Code of medical and sanitary regulations for the guidance of medical officers serving in the Madras Presidency - Volume I
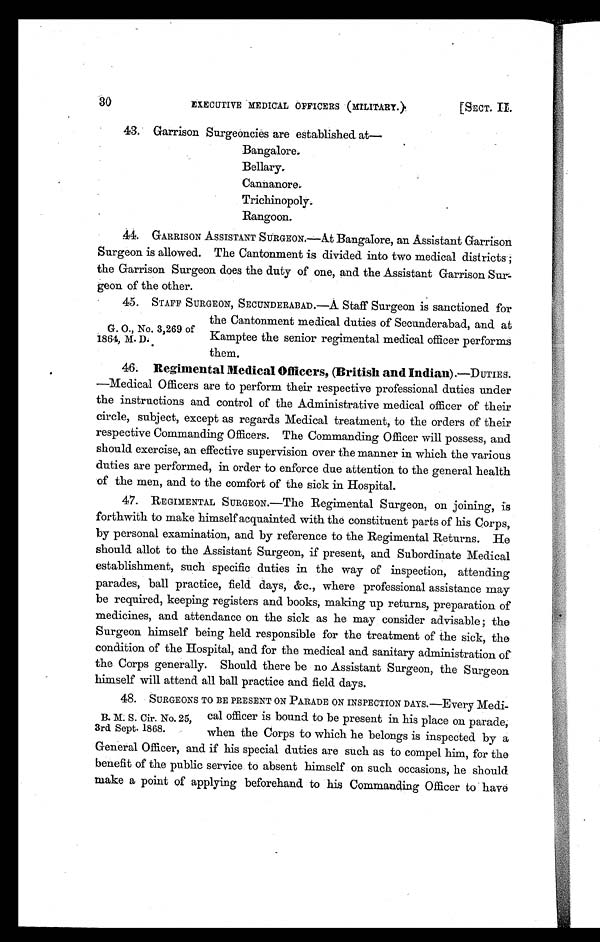
30
EXECUTIVE MEDICAL OFFICERS (MILITARY.)
[SECT. II.
43. Garrison Surgeoncies are established at—
Bangalore.
Bellary
.
Cannanore
.
Trichinopoly.
Rangoon.
44. GARRISON ASSISTANT SURGEON.—At Bangalore, an Assistant Garrison
Surgeon is allowed. The Cantonment is divided into two medical districts
; t h e G a r r i s o n S u r g e o n d o e s t h e d u t y o f o n e , a n d t h e A s s i s t a n t G a r r i s o n S u r
- g e o n o f t h e o t h e r .
G. O., No. 3,269 of
1 8 6 4 M . D .
45.
STAFF SURGEON, SECUNDERABAD.—A Staff Surgeon is sanctioned for
the Cantonment medical duties of Secunderabad, and at
Kamptee the senior regimental medical officer performs
them.
46. Regimental Medical Officers, (British and Indian). —DUTIES.
—Medical Officers are to perform their respective professional duties under
the instructions and control of the Administrative medical officer of their
circle, subject, except as regards Medical treatment, to the orders of their
respective Commanding Officers. The Commanding Officer will possess, and
should exercise, an effective supervision over the manner in which the various
duties are performed, in order to enforce due attention to the general health
of the men, and to the comfort of the sick in Hospital.
47. REGIMENTAL SURGEON.—The Regimental Surgeon, on joining, is
forthwith to make himself acquainted with the constituent parts of his Corps,
by personal examination, and by reference to the Regimental Returns. He
should allot to the Assistant Surgeon, if present, and Subordinate Medical
establishment, such specific duties in the way of inspection, attending
parades, ball practice, field days, &c., where professional assistance may
be required, keeping registers and books, making up returns, preparation of
medicines, and attendance on the sick as he may consider advisable ; the
Surgeon himself being held responsible for the treatment of the sick, the
condition of the Hospital, and for the medical and sanitary administration of
the Corps generally. Should there be no Assistant Surgeon, the Surgeon
himself will attend all ball practice and field days.
B. M. S. Cir. No. 25,
3rd Sept. 1868.
48. SURGEONS TO BE PRESENT ON PARADE ON INSPECTION DAYS.—Every Medi-
cal officer is bound to be present in his place on parade,
when the Corps to which he belongs is inspected by
a General Officer, and if his special duties are such as to compel him, for the
benefit of the public service to absent himself on such occasions, he should
make a point of applying beforehand to his Commanding Officer to have